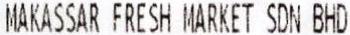
MAKASSAR FRESH MARKET SDN BHD